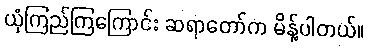
ယုံကြည်ကြကြောင်း ဆရာတော်က မိန့်ပါတယ်။